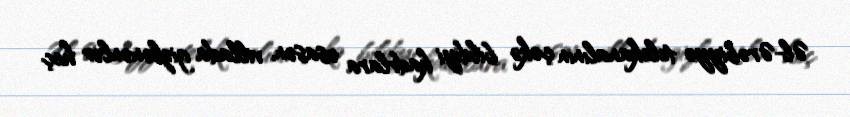
Əl-Ərəbiyyə telekanalının çəkə bildiyi kadrlara əsasən, villada gizlənənlər heç